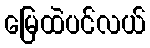
မြေထဲပင်လယ်